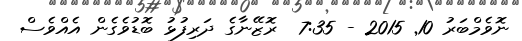
ނޮވެމްބަރު 10